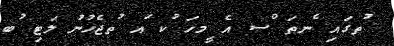
ުތގައި ެނތަ ްސ އެ ީމހަ ުކ ައ ުތޖެހުނު ލަޓި ުބ